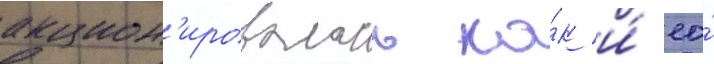
акцион'ировалась ка́к и́ ео́